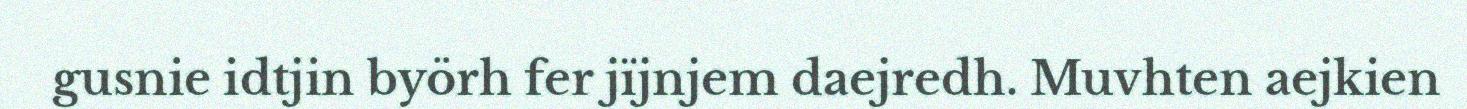
gusnie idtjin byörh fer jïjnjem daejredh. Muvhten aejkien